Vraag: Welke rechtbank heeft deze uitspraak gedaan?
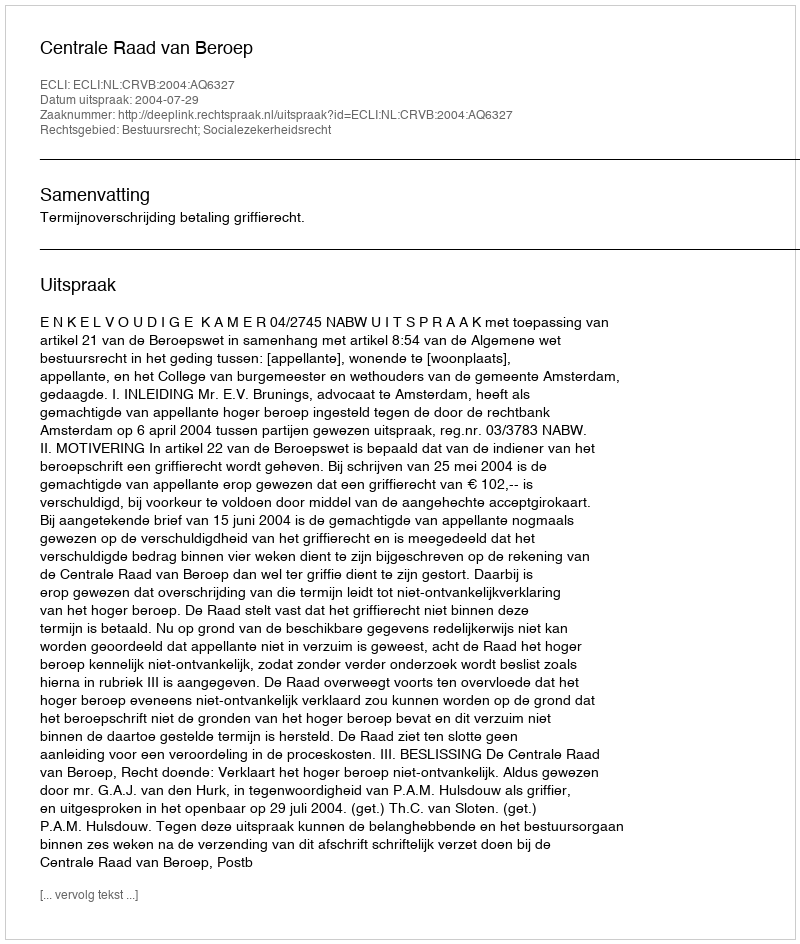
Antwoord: Centrale Raad van Beroep